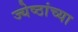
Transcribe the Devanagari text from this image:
ज्येष्ठांच्या